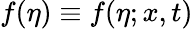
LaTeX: f(\eta)\equiv f(\eta;x,t)